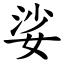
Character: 娑